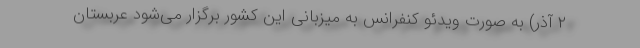
۲ آذر) به صورت ویدئو کنفرانس به میزبانی این کشور برگزار می‌شود عربستان